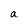
Character: a